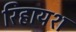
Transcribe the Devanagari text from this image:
रिहायश